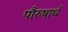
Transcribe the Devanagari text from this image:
पौरुषार्थ